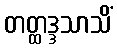
တတ္ထဒ္ဒသာသိံ